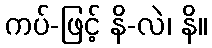
ကပ်-ဖြင့် နိ-လဲ၊ နိ။